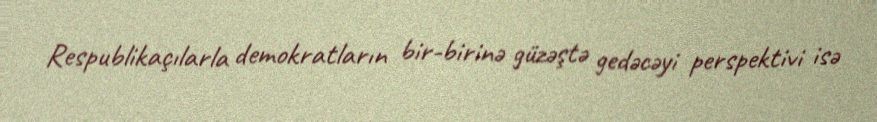
Respublikaçılarla demokratların bir-birinə güzəştə gedəcəyi perspektivi isə